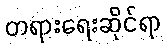
တရားရေးဆိုင်ရာ